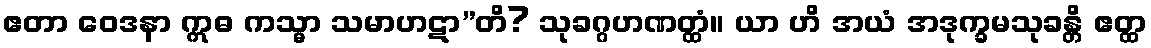
ဧတာ ဝေဒနာ ဣဓ ကသ္မာ သမာဟဋာ”တိ? သုခဂ္ဂဟဏတ္ထံ။ ယာ ဟိ အယံ အဒုက္ခမသုခန္တိ ဧတ္ထ